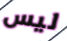
ليس